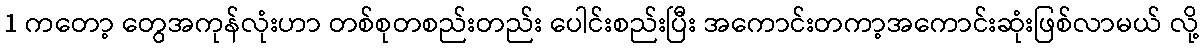
1 ကတော့ တွေအကုန်လုံးဟာ တစ်စုတစည်းတည်း ပေါင်းစည်းပြီး အကောင်းတကာ့အကောင်းဆုံးဖြစ်လာမယ် လို့